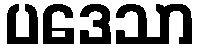
ပဒေသာ